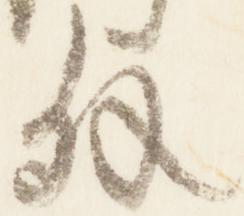
外